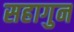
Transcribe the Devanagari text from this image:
सहागुन